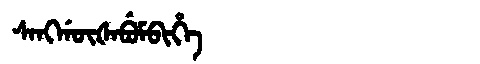
Manchu: ᠰᠠᠩᡤᡡᡧᠠᠪᡠᠮᠪᡳᡥᡝ
Romanization: SANGGŪŠABUMBIHE